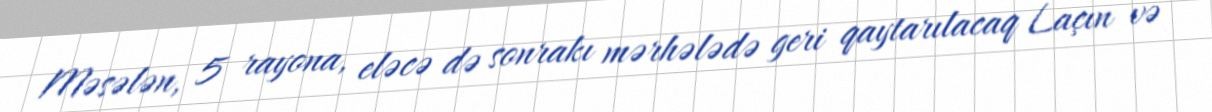
Məsələn, 5 rayona, eləcə də sonrakı mərhələdə geri qaytarılacaq Laçın və